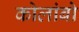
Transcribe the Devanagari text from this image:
कोलांबो